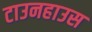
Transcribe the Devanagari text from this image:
टाउनहाउस